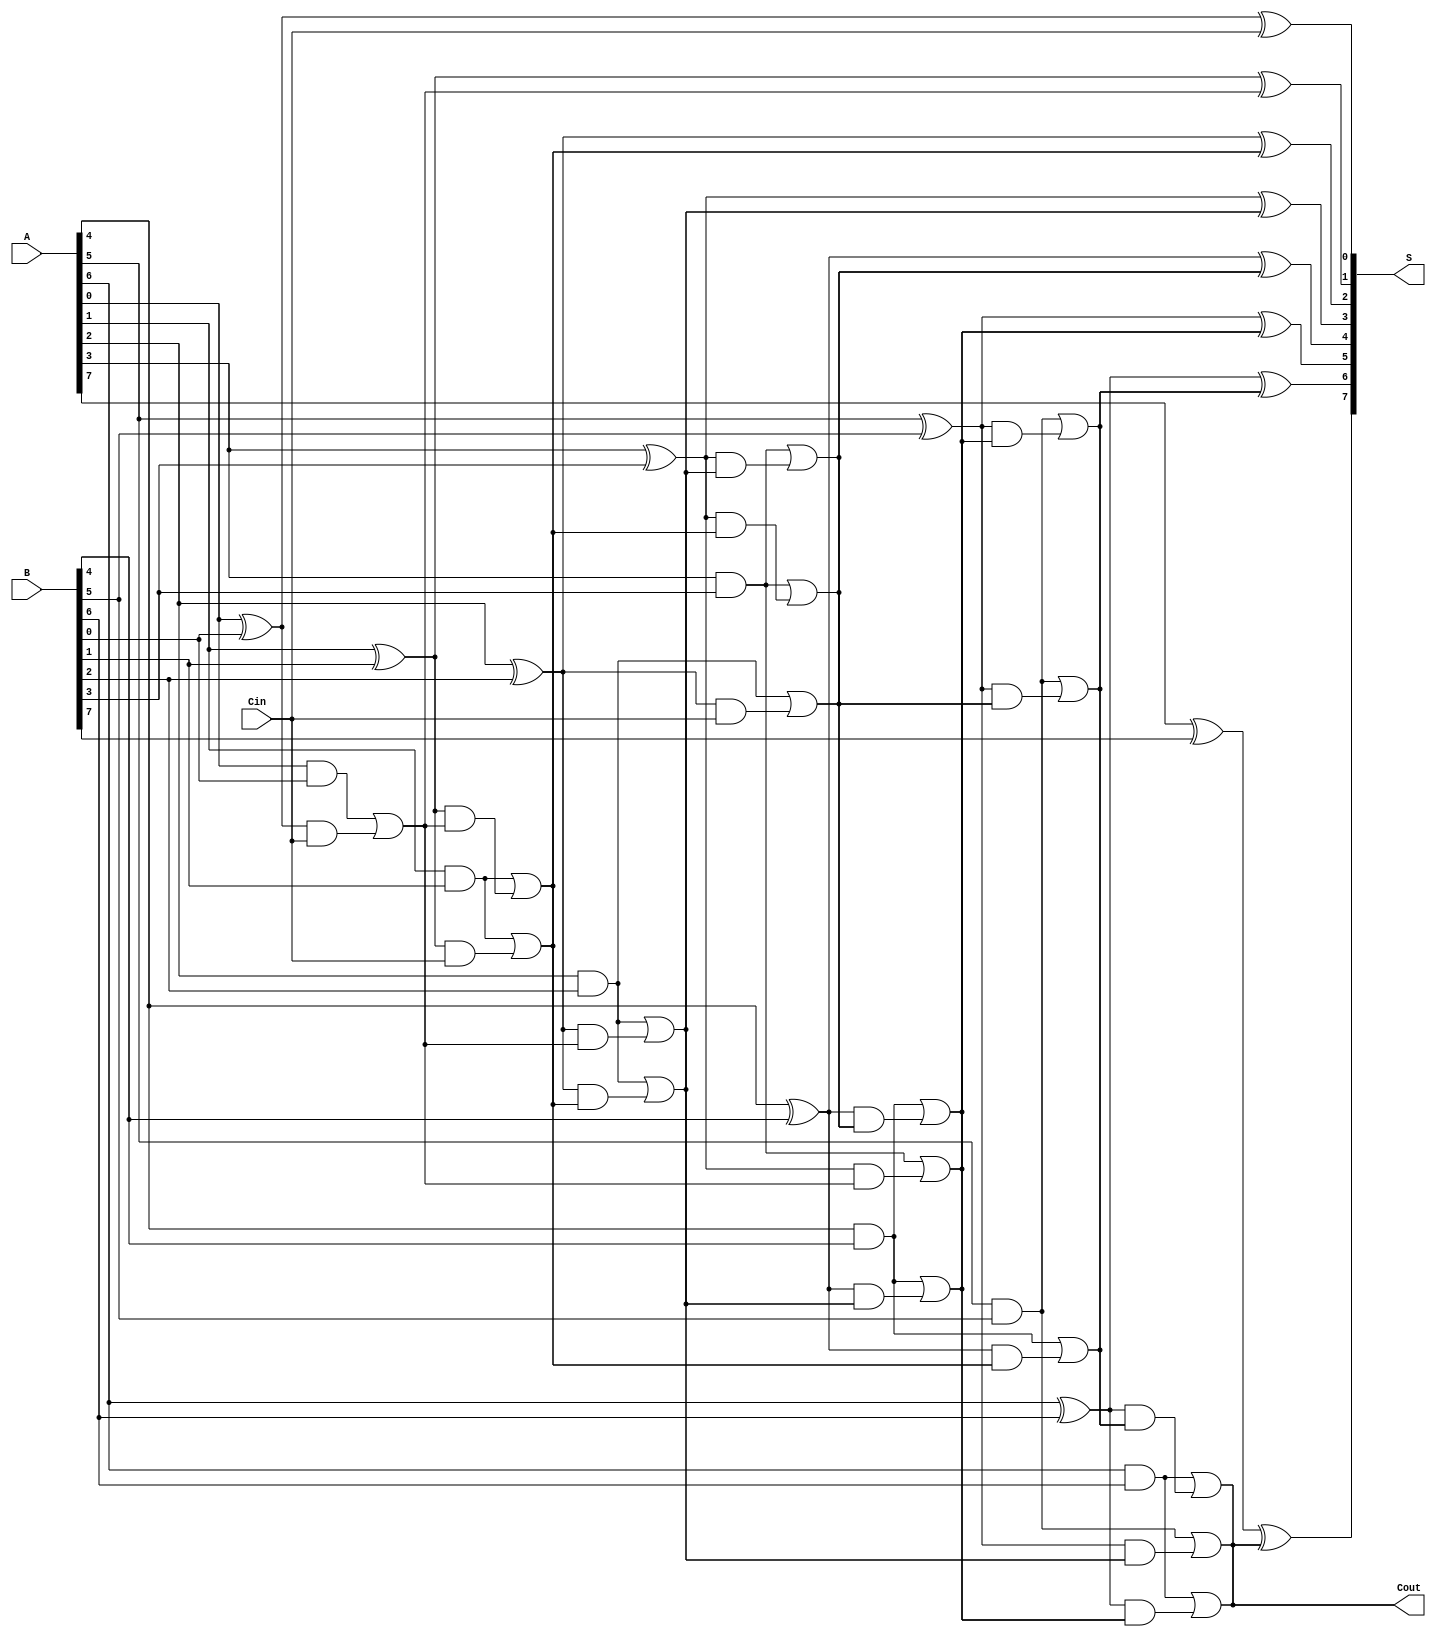
module KoggeStoneAdder #(parameter N = 8) (
    input [N-1:0] A,         // First operand
    input [N-1:0] B,         // Second operand
    input Cin,               // Carry-in
    output [N-1:0] S,        // Sum output
    output Cout              // Carry-out
);

    wire [N-1:0] P;          // Propagate signals
    wire [N-1:0] G;          // Generate signals
    wire [N-1:0] C;          // Carry signals

    // Generate and propagate signals
    genvar i;
    generate
        for (i = 0; i < N; i = i + 1) begin : gen_prop
            assign P[i] = A[i] ^ B[i];
            assign G[i] = A[i] & B[i];
        end
    endgenerate

    // Initial carry: C[0] = Cin
    assign C[0] = Cin;

    // Stage 1
    generate
        for (i = 0; i < N-1; i = i + 1) begin : stage1
            assign C[i+1] = G[i] | (P[i] & C[i]);
        end
    endgenerate

    // Additional stages for KSA
    // KSA design requires log(N) stages, here we implement up to log2(N)
    genvar k;
    for (k = 1; k < $clog2(N); k = k + 1) begin : stages
        for (i = 0; i < N - (1 << k); i = i + 1) begin : carry_computation
            assign C[i + (1 << k)] = G[i + (1 << (k - 1))] |
                                       (P[i + (1 << (k - 1))] & C[i]);
        end
    end

    // Sum calculation
    generate
        for (i = 0; i < N; i = i + 1) begin : sum_generation
            assign S[i] = P[i] ^ C[i];
        end
    endgenerate

    // Carry-out
    assign Cout = C[N-1];

endmodule